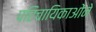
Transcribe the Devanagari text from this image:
परिचायिकाओंने